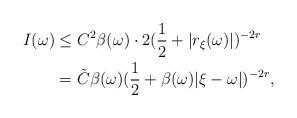
LaTeX: \begin{align*}I(\omega) & \leq C^{2} \beta(\omega) \cdot 2(\frac{1}{2} + | r_{\xi}(\omega) |)^{-2r} \\& = \tilde{C} \beta(\omega) ( \frac{1}{2} + \beta(\omega) | \xi - \omega | )^{-2r},\end{align*}